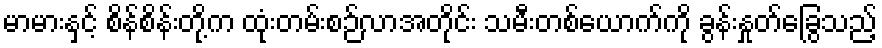
မာမားနှင့် စိန်စိန်းတို့က ထုံးတမ်းစဉ်လာအတိုင်း သမီးတစ်ယောက်ကို ခွန်းနှုတ်ခြွေသည့်